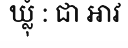
ឃ្លុំ : ជា អាវ